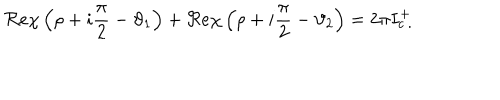
\Re e \chi \left( \rho + i \displaystyle \frac { \pi } { 2 } - \vartheta _ { 1 } \right) + \Re e \chi \left( \rho + i \displaystyle \frac { \pi } { 2 } - \vartheta _ { 2 } \right) = 2 \pi I _ { c \: . } ^ { + }